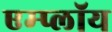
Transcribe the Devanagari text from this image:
एम्प्लॉय